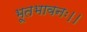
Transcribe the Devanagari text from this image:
भूतभावनः।।